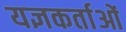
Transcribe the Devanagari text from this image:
यज्ञकर्ताओं